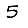
Digit: 5